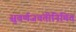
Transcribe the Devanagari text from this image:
सुवर्णजयंतीनिमित्त